Vaccination Hyderabad 1872-1889 - 1872-1889
Year: 1872
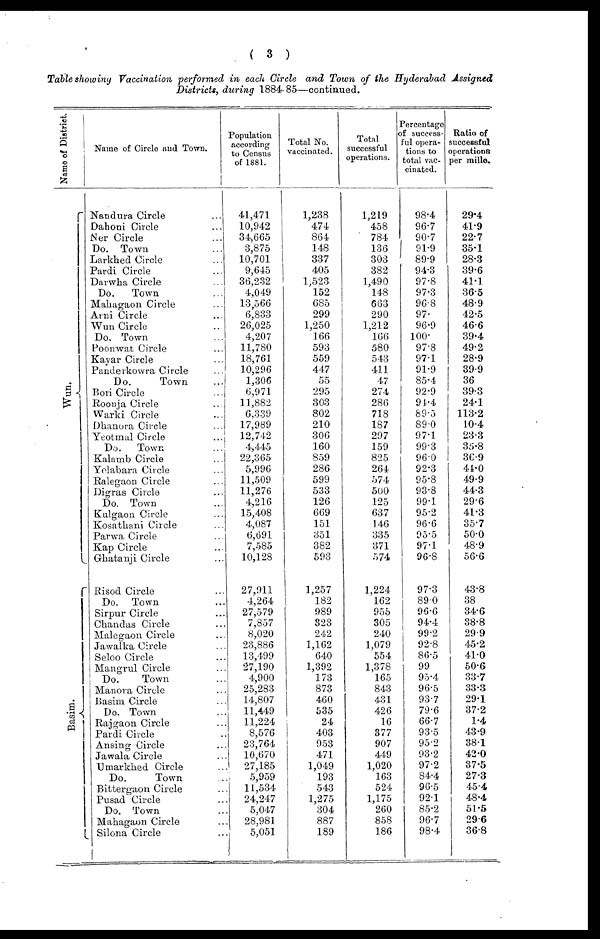
( 3 )
Table showing Vaccination performed in each Circle and Town of the Hyderabad Assigned
Districts, during 1884-85—continued.
Name of District.
Wun.
Basim.
Name of Circle and Town.
Nandura Circle ...
Dahoni Circle ...
Ner Circle ...
Do. Town ...
Larkhed Circle ...
Pardi Circle ...
Darwha Circle ...
Do.
Town ...
Mahagaon Circle ...
Arni Circle ...
Wun Circle ...
Do. Town ...
Poonwat Circle ...
Kayar Circle ...
Panderkowra Circle ...
Do.
Town ...
Bori Circle ...
Roonja Circle ...
Warki Circle ...
Dhanora Circle ...
Yeotmal Circle ...
Do.
Town ...
Kalamb Circle ...
Yelabara Circle ...
Ralegaon Circle ...
Digras Circle ...
Do. Town ...
Kulgaon Circle ...
Kosathani Circle ...
Parwa Circle ...
Kap Circle ...
Ghatanji Circle ...
Risod Circle ...
Do. Town ...
Sirpur Circle ...
Chandas Circle ...
Malegaon Circle ...
Jawalka Circle ...
Seloo Circle ...
Mangrul Circle ...
Do.
Town ...
Manora Circle ...
Basim Circle ...
Do. Town ...
Rajgaon Circle ...
Pardi Circle ...
Ansing Circle ...
Jawala Circle ...
Umarkhed Circle ...
Do.
Town ...
Bittergaon Circle ...
Pusad Circle ...
Do. Town ...
Mahagaon Circle ...
Silona Circle ...
Population
according
to Census
of 1881.
41,471
10,942
34,665
3,875
10,701
9,645
36,232
4,049
13,566
6,833
26,025
4,207
11,780
18,761
10,296
1,306
6,971
11,882
6,339
17,989
12,742
4,445
22,365
5,996
11,509
11,276
4,216
15,408
4,087
6,691
7,585
10,128
27,911
4,264
27,579
7,857
8,020
23,886
13,499
27,190
4,900
25,283
14,807
11,449
11,224
8,576
23,764
10,670
27,185
5,959
11,534
24,247
5,047
28,981
5,051
Total No.
vaccinated.
1,238
474
864
148
337
405
1,523
152
685
299
1,250
166
593
559
447
55
295
303
802
210
306
160
859
286
599
533
126
669
151
351
382
593
1,257
182
989
323
242
1,162
640
1,392
173
873
460
535
24
403
953
471
1,049
193
543
1,275
304
887
189
Total
successful
operations.
1,219
458
784
136
303
382
1,490
148
663
290
1,212
166
580
543
411
47
274
286
718
187
297
159
825
264
574
500
125
637
146
335
371
574
1,224
162
955
305
240
1,079
554
1,378
165
843
431
426
16
377
907
449
1,020
163
524
1,175
260
858
186
Percentage
of success-
ful opera-
tions to
total vac-
cinated.
98.4
96.7
90.7
91.9
89.9
94.3
97.8
97.3
96.8
97.
96.9
100.
97.8
97.1
91.9
85.4
92.9
94.4
89.5
89.0
97.1
99.3
96.0
92.3
95.8
93.8
99.1
95.2
96.6
95.5
97.1
96.8
97.3
890
96.6
94.4
99.2
92.8
86.5
99
95.4
96.5
93.7
79.6
66.7
93.5
95.2
93.2
97.2
84.4
96.5
92.1
85.2
96.7
98.4
Ratio of
successful
operations
per mille.
29.4
41.9
22.7
35.1
28.3
39.6
41.1
36.5
48.9
42.5
46.6
39.4
49.2
28.9
39.9
36
39.3
24.1
113.2
10.4
23.3
35.8
36.9
44.0
49.9
44.3
29.6
41.3
35.7
50.0
48.9
56.6
43.8
38
34.6
38.8
29.9
45.2
41.0
50.6
33.7
33.3
29.1
37.2
1.4
43.9
38.1
42.0
37.5
27.3
45.4
48.4
51.5
29.6
36.8